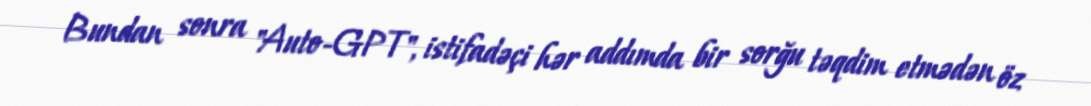
Bundan sonra "Auto-GPT", istifadəçi hər addımda bir sorğu təqdim etmədən öz